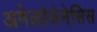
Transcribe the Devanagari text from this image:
अमेलोजेनेसिस